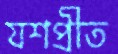
যশপ্রীত